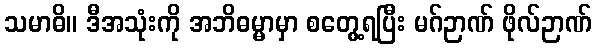
သမာဓိ။ ဒီအသုံးကို အဘိဓမ္မာမှာ စတွေ့ရပြီး မဂ်ဉာဏ် ဖိုလ်ဉာဏ်